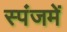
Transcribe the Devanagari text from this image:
स्पंजमें